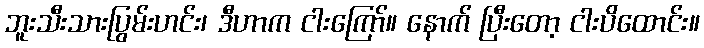
ဘူးသီးသားပြွမ်းဟင်း၊ ဒီဟာက ငါးကြော်။ နောက် ပြီးတော့ ငါးပိထောင်း။